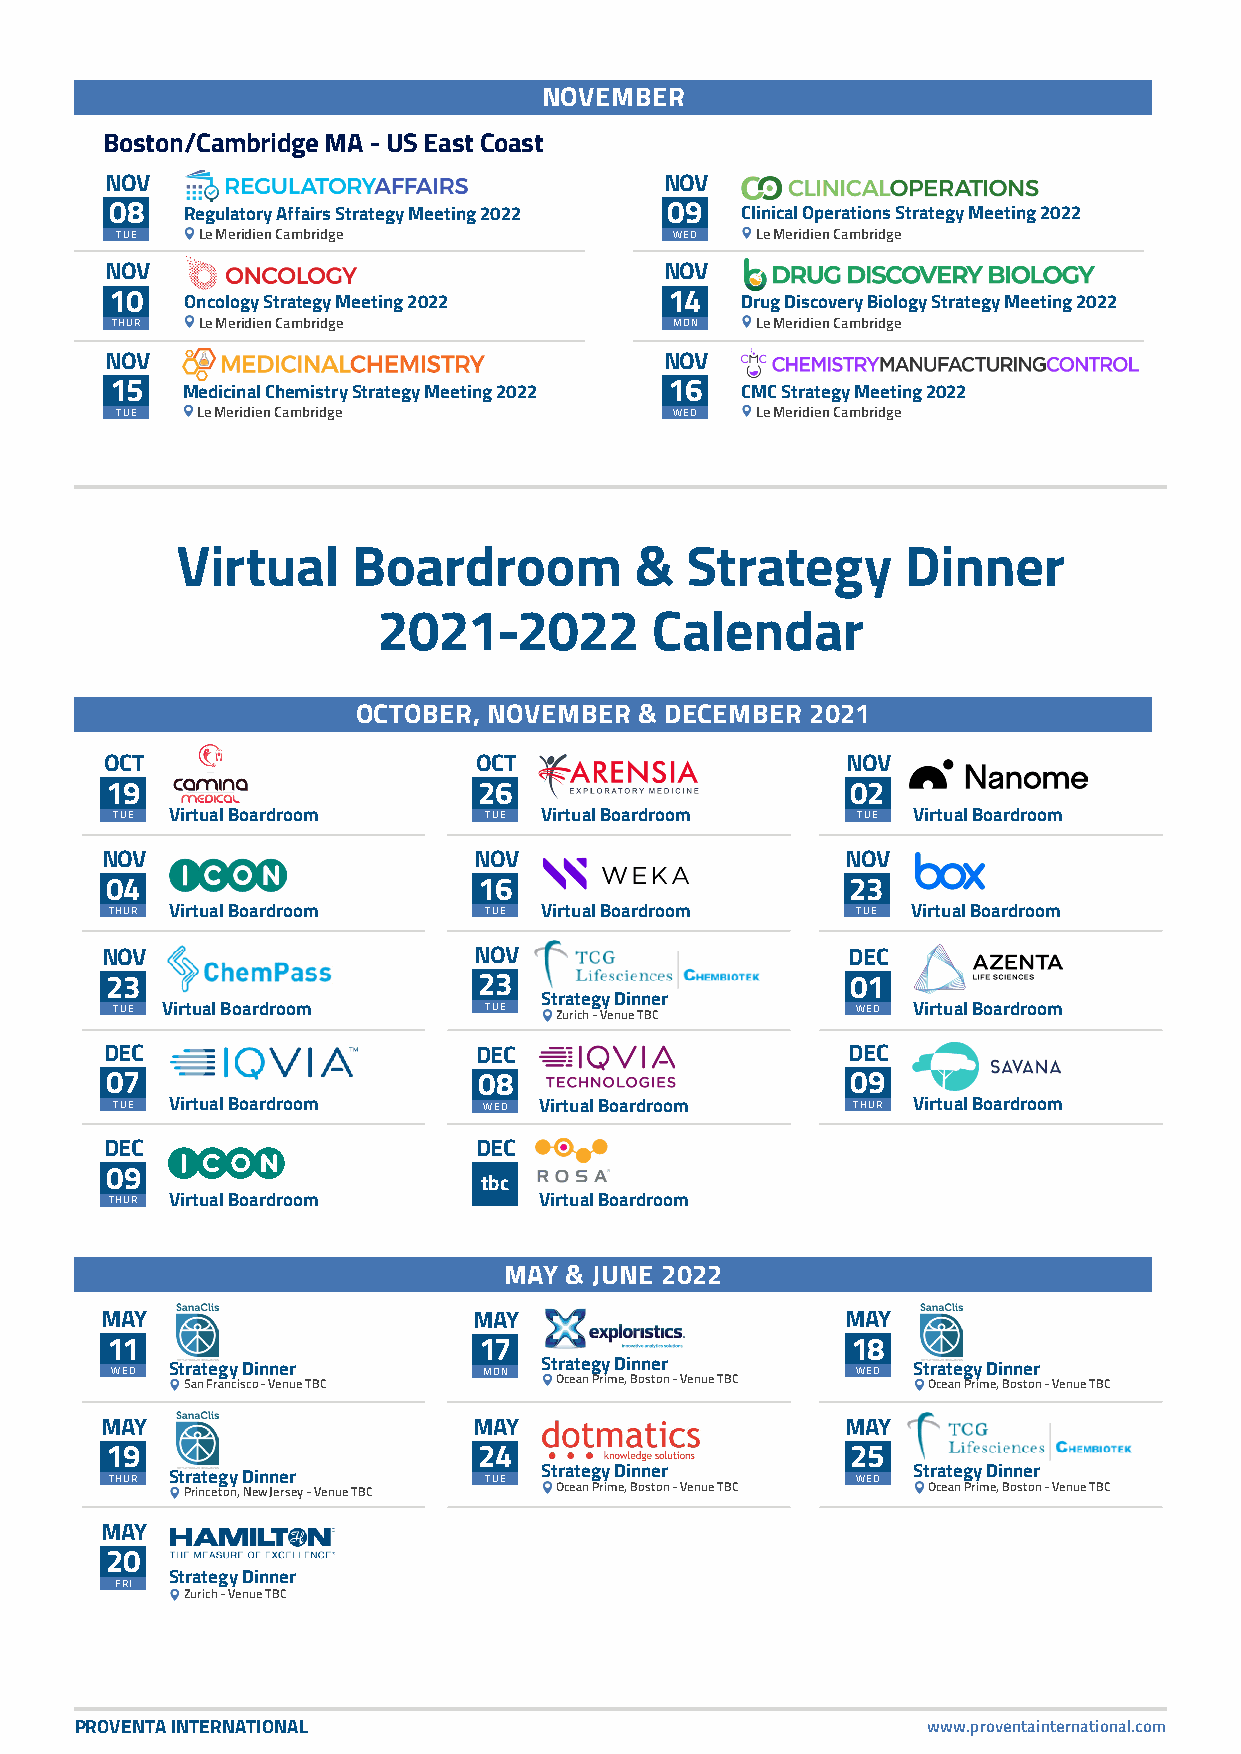
NOVEMBER
 Boston/Cambridge MA - US East Coast
 NOV                                  NOV
 08   Regulatory Affairs Strategy Meeting 2022 09 Clinical Operations Strategy Meeting 2022
 TUE  Le Meridien Cambridge           WED  Le Meridien Cambridge
 NOV                                  NOV
 10   Oncology Strategy Meeting 2022  14   Drug Discovery Biology Strategy Meeting 2022
 THUR  Le Meridien Cambridge           MON  Le Meridien Cambridge
 NOV                                  NOV
 15   Medicinal Chemistry Strategy Meeting 2022 16 CMC Strategy Meeting 2022
 TUE  Le Meridien Cambridge           WED  Le Meridien Cambridge
 Virtual    Boardroom          &  Strategy       Dinner
 2021-2022         Calendar
 OCTOBER, NOVEMBER & DECEMBER  2021
 OCT                     OCT                      NOV
 19                       26                      02
 TUE Virtual Boardroom    TUE Virtual Boardroom    TUE Virtual Boardroom
 NOV                     NOV                      NOV
 04                       16                      23
 THUR Virtual Boardroom   TUE Virtual Boardroom    TUE Virtual Boardroom
 NOV                     NOV                      DEC
 23                       23                      01
 Strategy Dinner
 TUE Virtual Boardroom    TUE  Zurich - Venue TBC  WED Virtual Boardroom
 DEC                      DEC                     DEC
 07                       08                      09
 TUE Virtual Boardroom    WED Virtual Boardroom   THUR Virtual Boardroom
 DEC                      DEC
 09
 tbc
 THUR Virtual Boardroom       Virtual Boardroom
 MAY & JUNE 2022
 MAY                     MAY                      MAY
 11                       17                      18
 WED Strategy Dinner      MON Strategy Dinner      WED Strategy Dinner
 San Francisco - Venue TBC Ocean Prime, Boston - Venue TBC Ocean Prime, Boston - Venue TBC
 MAY                     MAY                      MAY
 19                       24                      25
 THUR Strategy Dinner     TUE Strategy Dinner      WED Strategy Dinner
 Princeton, New Jersey - Venue TBC Ocean Prime, Boston - Venue TBC Ocean Prime, Boston - Venue TBC
 MAY
 20
 Strategy Dinner
 FRI
 Zurich - Venue TBC
 PROVENTA INTERNATIONAL                                  www.proventainternational.com